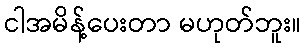
ငါအမိန့်ပေးတာ မဟုတ်ဘူး။